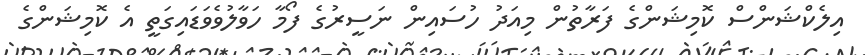
އިލެކްޝަންސް ކޮމިޝަންގެ ފަރާތުން މިއަދު ހުސައިން ނަސީރުގެ ފޯމާ ހަވާލުވެވަޑައިގަތީ އެ ކޮމިޝަންގެ